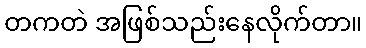
တကတဲ အဖြစ်သည်းနေလိုက်တာ။